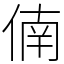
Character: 㑲